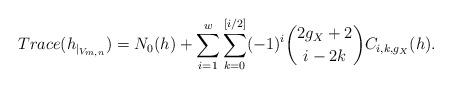
LaTeX: \begin{align*}Trace( h_{\mid_{ V_{m,n}}} ) =N_{0}(h)+\sum_{i=1}^{w}\sum_{k=0}^{[i/2]}(-1)^{i}\binom{2g_{X}+2}{i-2k} C_{i,k,g_{X}}(h).\end{align*}